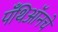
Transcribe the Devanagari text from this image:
पँथिऑनचे